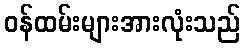
ဝန်ထမ်းများအားလုံးသည်